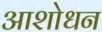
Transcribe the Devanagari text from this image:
आशोधन